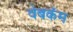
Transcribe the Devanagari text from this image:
वेबकॅम